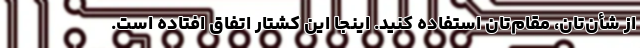
از شأن‌تان، مقام‌تان استفاده کنید. اینجا این کشتار اتفاق افتاده است.